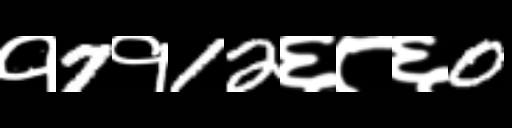
Text: १7१12६८६0